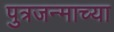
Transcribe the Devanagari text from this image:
पुत्रजन्माच्या